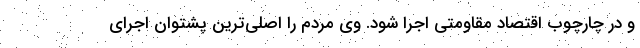
و در چارچوب اقتصاد مقاومتی اجرا شود. وی مردم را اصلی‌ترین پشتوان اجرای